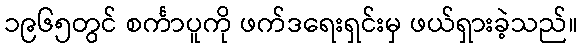
၁၉၆၅တွင် စင်္ကာပူကို ဖက်ဒရေးရှင်းမှ ဖယ်ရှားခဲ့သည်။